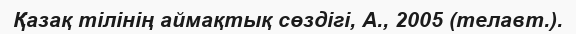
Қазақ тілінің аймақтық сөздігі, А., 2005 (телавт.).